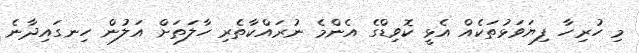
މި ހުރިހާ ފިޔަވަޅުތަކެއް އެޅީ ކޮވިޑްގެ އެންމެ ނުރައްކާތެރި ހާލަތަށް އަލުން ހިނގައިދާނެ